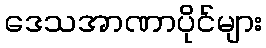
ဒေသအာဏာပိုင်များ